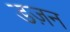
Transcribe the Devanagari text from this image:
डज़न